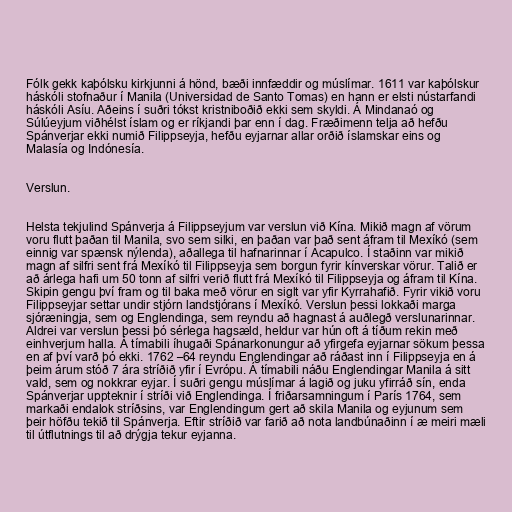
Fólk gekk kaþólsku kirkjunni á hönd, bæði innfæddir og múslímar. 1611 var kaþólskur
háskóli stofnaður í Manila (Universidad de Santo Tomas) en hann er elsti nústarfandi
háskóli Asíu. Aðeins í suðri tókst kristniboðið ekki sem skyldi. Á Mindanaó og
Súlúeyjum viðhélst íslam og er ríkjandi þar enn í dag. Fræðimenn telja að hefðu
Spánverjar ekki numið Filippseyja, hefðu eyjarnar allar orðið íslamskar eins og
Malasía og Indónesía.

Verslun.

Helsta tekjulind Spánverja á Filippseyjum var verslun við Kína. Mikið magn af vörum
voru flutt þaðan til Manila, svo sem silki, en þaðan var það sent áfram til Mexíkó (sem
einnig var spænsk nýlenda), aðallega til hafnarinnar í Acapulco. Í staðinn var mikið
magn af silfri sent frá Mexíkó til Filippseyja sem borgun fyrir kínverskar vörur. Talið er
að árlega hafi um 50 tonn af silfri verið flutt frá Mexíkó til Filippseyja og áfram til Kína.
Skipin gengu því fram og til baka með vörur en siglt var yfir Kyrrahafið. Fyrir vikið voru
Filippseyjar settar undir stjórn landstjórans í Mexíkó. Verslun þessi lokkaði marga
sjóræningja, sem og Englendinga, sem reyndu að hagnast á auðlegð verslunarinnar.
Aldrei var verslun þessi þó sérlega hagsæld, heldur var hún oft á tíðum rekin með
einhverjum halla. Á tímabili íhugaði Spánarkonungur að yfirgefa eyjarnar sökum þessa
en af því varð þó ekki. 1762 –64 reyndu Englendingar að ráðast inn í Filippseyja en á
þeim árum stóð 7 ára stríðið yfir í Evrópu. Á tímabili náðu Englendingar Manila á sitt
vald, sem og nokkrar eyjar. Í suðri gengu múslímar á lagið og juku yfirráð sín, enda
Spánverjar uppteknir í stríði við Englendinga. Í friðarsamningum í París 1764, sem
markaði endalok stríðsins, var Englendingum gert að skila Manila og eyjunum sem
þeir höfðu tekið til Spánverja. Eftir stríðið var farið að nota landbúnaðinn í æ meiri mæli
til útflutnings til að drýgja tekur eyjanna.